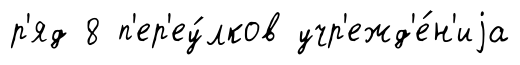
р'яд 8 п'ер'еу́лков учр'ежд'е́н'иjа